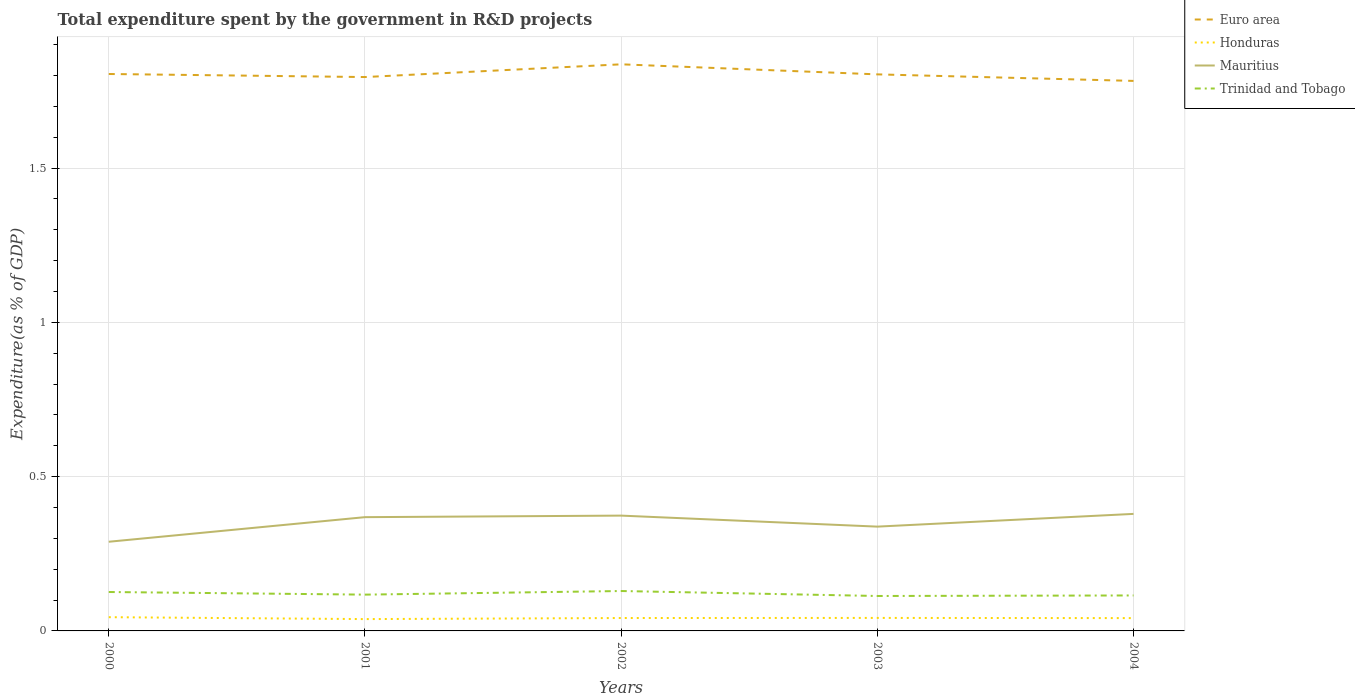
| Years | Euro area | Honduras | Mauritius | Trinidad and Tobago |
 | --- | --- | --- | --- | --- |
 | 2000 | 1.81 | 0.0445 | 0.289 | 0.126 |
 | 2001 | 1.8 | 0.0383 | 0.369 | 0.118 |
 | 2002 | 1.84 | 0.0418 | 0.374 | 0.129 |
 | 2003 | 1.8 | 0.0421 | 0.338 | 0.113 |
 | 2004 | 1.78 | 0.0415 | 0.379 | 0.115 |